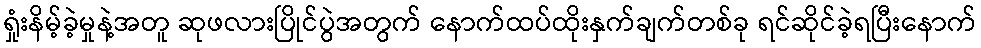
ရှုံးနိမ့်ခဲ့မှုနဲ့အတူ ဆုဖလားပြိုင်ပွဲအတွက် နောက်ထပ်ထိုးနှက်ချက်တစ်ခု ရင်ဆိုင်ခဲ့ရပြီးနောက်